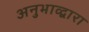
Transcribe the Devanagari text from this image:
अनुभाव्द्वारा